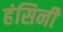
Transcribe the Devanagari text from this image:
हंसिनी